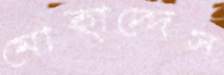
মোহাদ্দেস